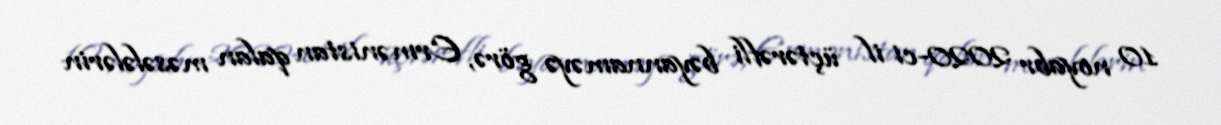
10 noyabr 2020-ci il üçtərəfli bəyannaməyə görə, Ermənistan qalan məsələlərin